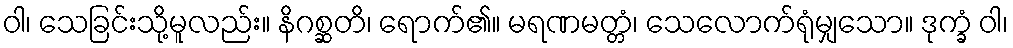
ဝါ၊ သေခြင်းသို့မူလည်း။ နိဂစ္ဆတိ၊ ရောက်၏။ မရဏမတ္တံ၊ သေလောက်ရုံမျှသော။ ဒုက္ခံ ဝါ၊